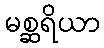
မစ္ဆရိယာ